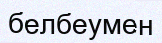
белбеумен